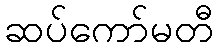
ဆပ်ကော်မတီ